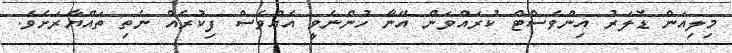
މިލިއަން ޑޮލަރު އިންވެސްޓް ކުރައްވަން އޭނާ ހުންނެވީ އެއްވެސް ފިކުރެއް ނެތި ތައްޔާރަށެވެ.